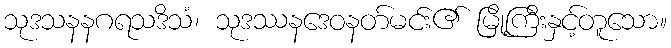
သုဒသနနဂရသဒိသံ၊ သုဒဿနဒေဝနတ်မင်း၏ မြို့ကြီးနှင့်တူသော။